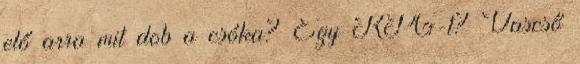
elő arra mit dob a csóka? Egy RPG-t? Vascső